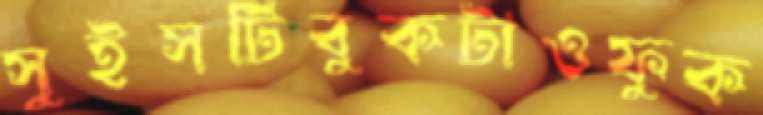
সুইসটিবুকটাওফুক